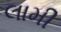
લામી